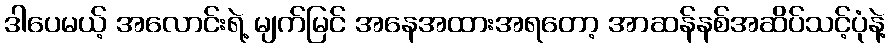
ဒါပေမယ့် အလောင်းရဲ့ မျက်မြင် အနေအထားအရတော့ အာဆန်နစ်အဆိပ်သင့်ပုံနဲ့